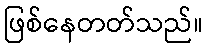
ဖြစ်နေတတ်သည်။